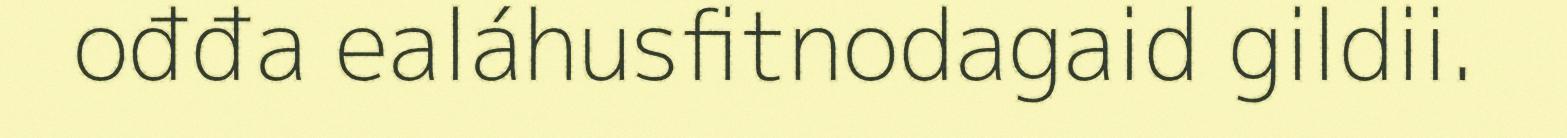
ođđa ealáhusfitnodagaid gildii.